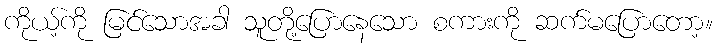
ကိုယ့်ကို မြင်သောအခါ သူတို့ပြောနေသော စကားကို ဆက်မပြောတော့။